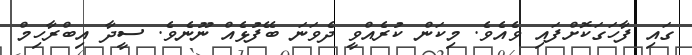
ގައި ފާހަގަކޮށްފައި ވެއެވެ. މިކަން ކުރެއްވީ ދެވަނަ ބޭފުޅެއް ނޫނެވެ. ސީދާ އިބްރާހިމް